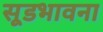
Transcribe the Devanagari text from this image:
सूडभावना